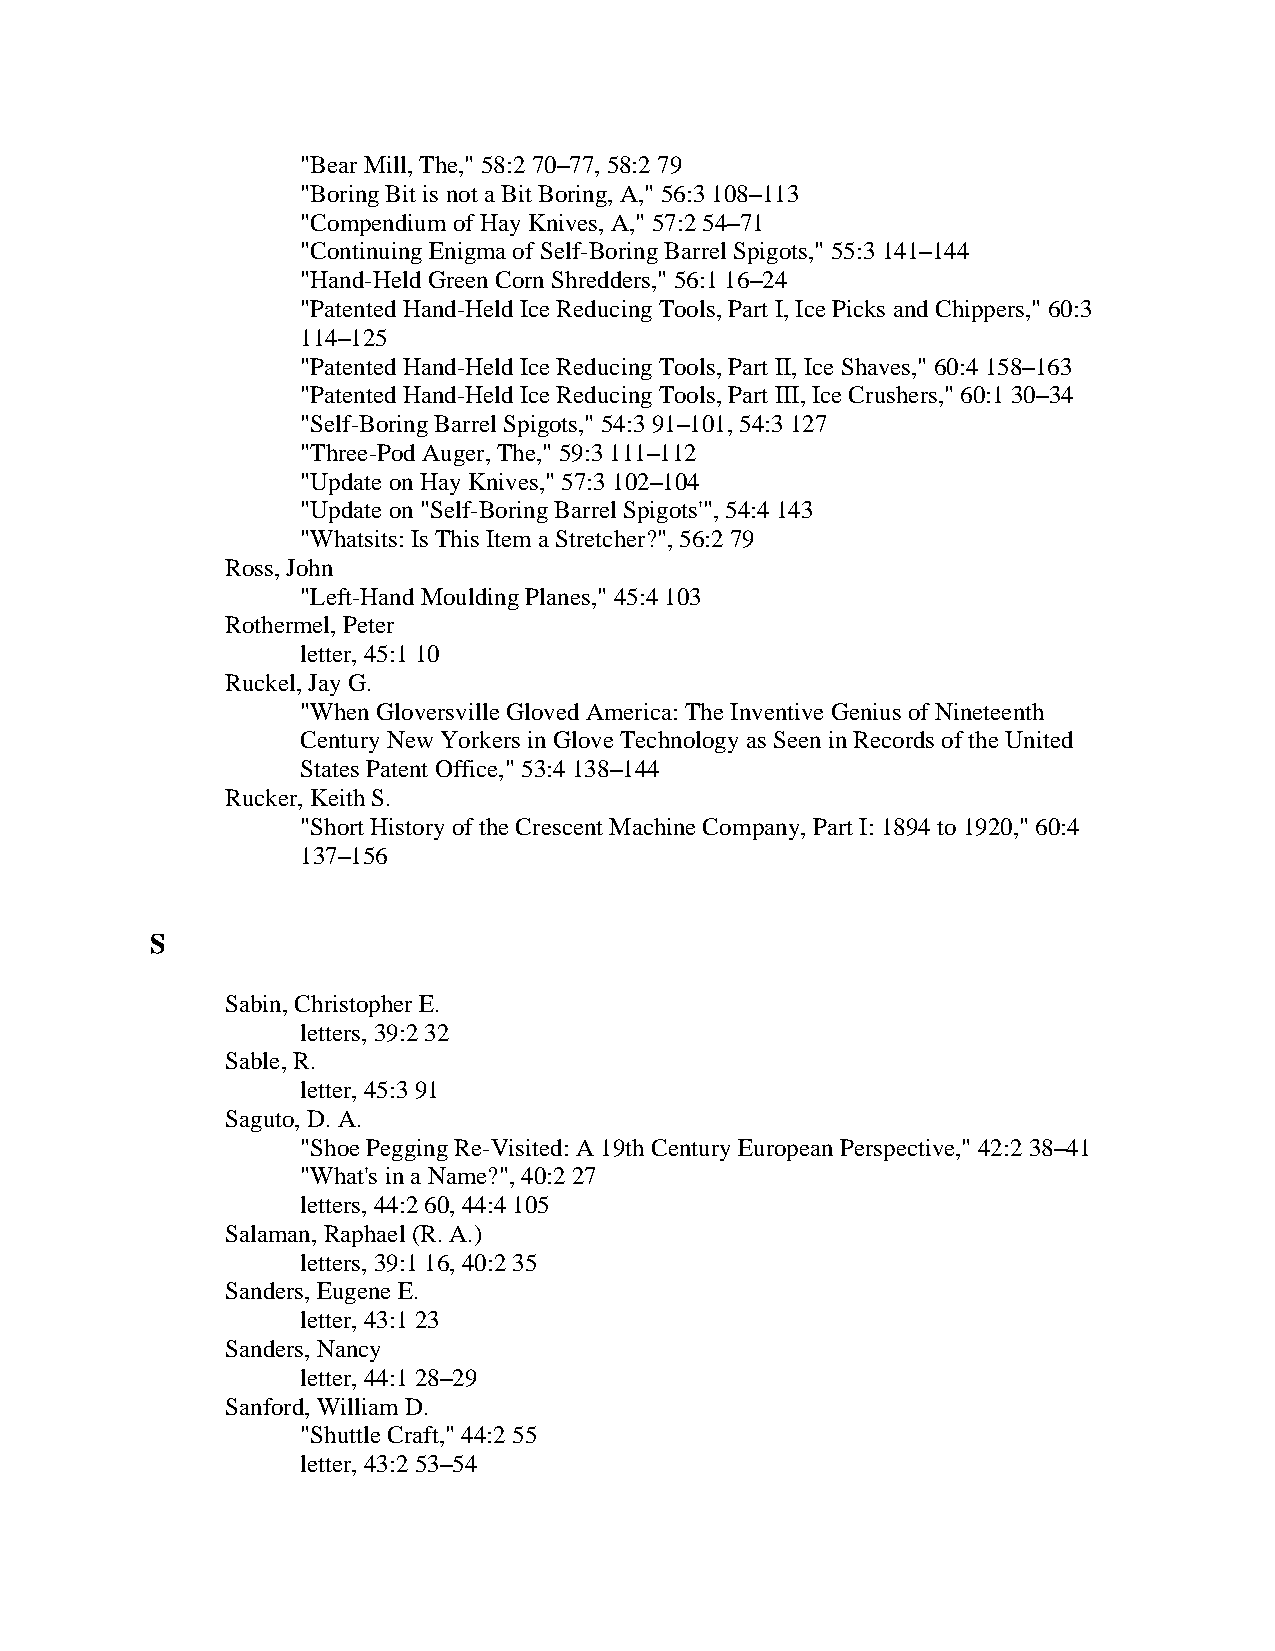
"Bear Mill, The," 58:2 70–77, 58:2 79
 "Boring Bit is not a Bit Boring, A," 56:3 108–113
 "Compendium of Hay Knives, A," 57:2 54–71
 "Continuing Enigma of Self-Boring Barrel Spigots," 55:3 141–144
 "Hand-Held Green Corn Shredders," 56:1 16–24
 "Patented Hand-Held Ice Reducing Tools, Part I, Ice Picks and Chippers," 60:3
 114–125
 "Patented Hand-Held Ice Reducing Tools, Part II, Ice Shaves," 60:4 158–163
 "Patented Hand-Held Ice Reducing Tools, Part III, Ice Crushers," 60:1 30–34
 "Self-Boring Barrel Spigots," 54:3 91–101, 54:3 127
 "Three-Pod Auger, The," 59:3 111–112
 "Update on Hay Knives," 57:3 102–104
 "Update on "Self-Boring Barrel Spigots'", 54:4 143
 "Whatsits: Is This Item a Stretcher?", 56:2 79
 Ross, John
 "Left-Hand Moulding Planes," 45:4 103
 Rothermel, Peter
 letter, 45:1 10
 Ruckel, Jay G.
 "When Gloversville Gloved America: The Inventive Genius of Nineteenth
 Century New Yorkers in Glove Technology as Seen in Records of the United
 States Patent Office," 53:4 138–144
 Rucker, Keith S.
 "Short History of the Crescent Machine Company, Part I: 1894 to 1920," 60:4
 137–156
 S
 Sabin, Christopher E.
 letters, 39:2 32
 Sable, R.
 letter, 45:3 91
 Saguto, D. A.
 "Shoe Pegging Re-Visited: A 19th Century European Perspective," 42:2 38–41
 "What's in a Name?", 40:2 27
 letters, 44:2 60, 44:4 105
 Salaman, Raphael (R. A.)
 letters, 39:1 16, 40:2 35
 Sanders, Eugene E.
 letter, 43:1 23
 Sanders, Nancy
 letter, 44:1 28–29
 Sanford, William D.
 "Shuttle Craft," 44:2 55
 letter, 43:2 53–54